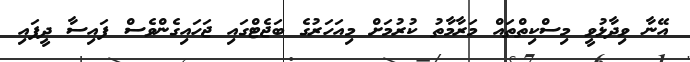
އޭނާ ވިދާޅުވީ މިސްކިތްތައް މަރާމާތު ކުރުމަށް މިއަހަރުގެ ބަޖެޓްގައި ޖަހައިގެންވެސް ފައިސާ ދީފައި